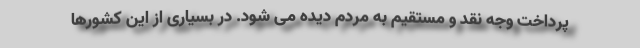
پرداخت وجه نقد و مستقیم به مردم دیده می شود. در بسیاری از این کشورها